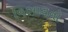
વિભાવનો